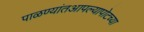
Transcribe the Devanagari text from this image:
पाळण्यांतआपल्यापोटच्या